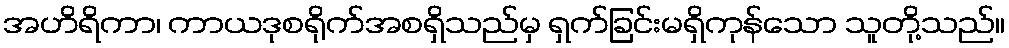
အဟိရိကာ၊ ကာယဒုစရိုက်အစရှိသည်မှ ရှက်ခြင်းမရှိကုန်သော သူတို့သည်။